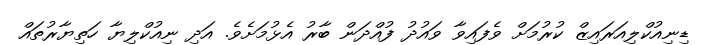
ޑިނިއުކްލިއަރައިޒް ކުރުމަށް ވެފައިވާ ވައުދު ފުއްދަން ބާރު އެޅުމަށެވެ. އަދި ނިއުކްލިޔާ ހަތިޔާރުތައް